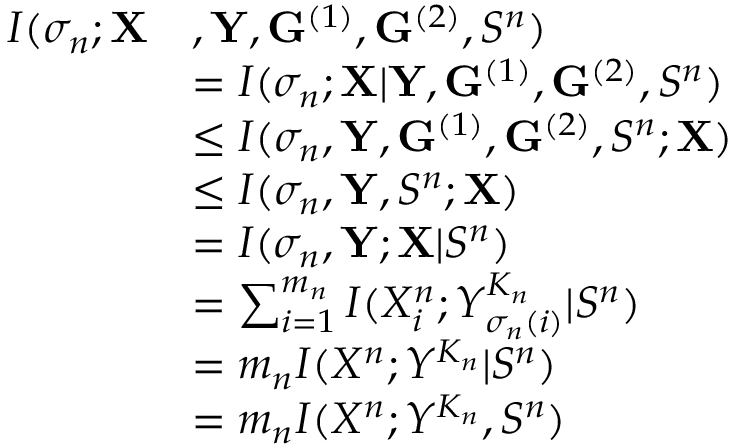
\begin{array} { r l } { I ( \sigma _ { n } ; \mathbf { X } } & { , \mathbf { Y } , \mathbf { G } ^ { ( 1 ) } , \mathbf { G } ^ { ( 2 ) } , S ^ { n } ) } \\ & { = I ( \sigma _ { n } ; \mathbf { X } | \mathbf { Y } , \mathbf { G } ^ { ( 1 ) } , \mathbf { G } ^ { ( 2 ) } , S ^ { n } ) } \\ & { \le I ( \sigma _ { n } , \mathbf { Y } , \mathbf { G } ^ { ( 1 ) } , \mathbf { G } ^ { ( 2 ) } , S ^ { n } ; \mathbf { X } ) } \\ & { \le I ( \sigma _ { n } , \mathbf { Y } , S ^ { n } ; \mathbf { X } ) } \\ & { = I ( \sigma _ { n } , \mathbf { Y } ; \mathbf { X } | S ^ { n } ) } \\ & { = \sum _ { i = 1 } ^ { m _ { n } } I ( X _ { i } ^ { n } ; Y _ { \sigma _ { n } ( i ) } ^ { K _ { n } } | S ^ { n } ) } \\ & { = m _ { n } I ( X ^ { n } ; Y ^ { K _ { n } } | S ^ { n } ) } \\ & { = m _ { n } I ( X ^ { n } ; Y ^ { K _ { n } } , S ^ { n } ) } \end{array}